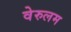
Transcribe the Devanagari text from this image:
वेरुलम